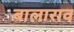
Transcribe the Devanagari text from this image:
बालाराव